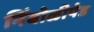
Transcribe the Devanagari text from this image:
निंबोळीपेड